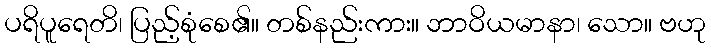
ပရိပူရေတိ၊ ပြည့်စုံစေ၏။ တစ်နည်းကား။ ဘာဝိယမာနာ၊ သော။ ဗဟု